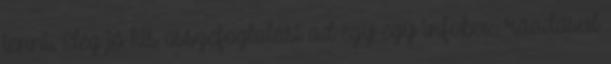
tenni. Elég jó kis összefoglalást ad egy-egy infobox, ráadásul